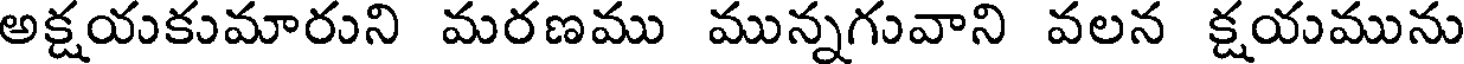
అక్షయకుమారుని మరణము మున్నగువాని వలన క్షయమును